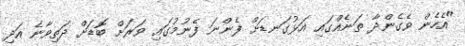
"އެހެން ވެގެންދާ ތަނެއްގައި އަޅުގަނޑަށް ފެންނަ ފެނުމުގައި ވަރަށް ބޮޑަށް ދަތިވާނެ އަދި